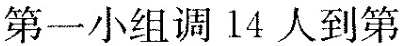
第一小组调14人到第